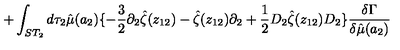
+ \int _ { S T _ { 2 } } d \tau _ { 2 } \hat { \mu } ( a _ { 2 } ) \{ - { \frac { 3 } { 2 } } \partial _ { 2 } \hat { \zeta } ( z _ { 1 2 } ) - \hat { \zeta } ( z _ { 1 2 } ) \partial _ { 2 } + { \frac { 1 } { 2 } } D _ { 2 } \hat { \zeta } ( z _ { 1 2 } ) D _ { 2 } \} { \frac { \delta \Gamma } { \delta \hat { \mu } ( a _ { 2 } ) } }